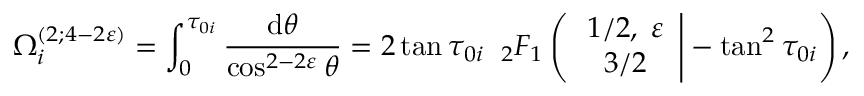
\Omega _ { i } ^ { ( 2 ; 4 - 2 \varepsilon ) } = \int _ { 0 } ^ { \tau _ { 0 i } } \frac { \mathrm { d } \theta } { \cos ^ { 2 - 2 \varepsilon } \theta } = 2 \tan \tau _ { 0 i } \; \; _ { 2 } F _ { 1 } \left( \left. \begin{array} { c } { { 1 / 2 , \; \varepsilon } } \\ { { 3 / 2 } } \end{array} \right| - \tan ^ { 2 } \tau _ { 0 i } \right) ,